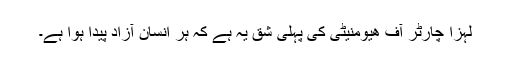
لہزا چارٹر آف ھیومنیٹی کی پہلی شق یہ ہے کہ ہر انسان آزاد پیدا ہوا ہے۔